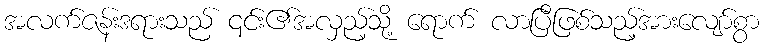
အလက်ဇန်းဒရားသည် ၎င်း၏အလှည့်သို့ ရောက် လာပြီဖြစ်သည့်အားလျော်စွာ